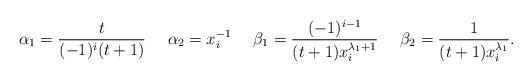
LaTeX: \begin{align*}\alpha_1&= \frac{t}{(-1)^i (t+1)}&&\alpha_2= x_i^{-1}&&\beta_1 = \frac{(-1)^{i-1}}{(t+1)x_i^{\lambda_1+1}} && \beta_2 = \frac{1}{(t+1)x_i^{\lambda_1}}.\end{align*}